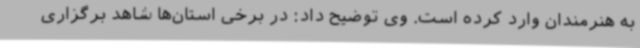
به هنرمندان وارد کرده است. وی توضیح داد: در برخی استان‌ها شاهد برگزاری